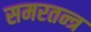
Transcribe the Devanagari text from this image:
समरतन्त्र